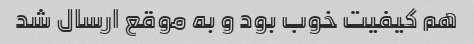
هم کیفیت خوب بود و به موقع ارسال شد